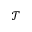
\mathcal { T }